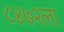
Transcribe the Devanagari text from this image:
८४७२ला